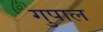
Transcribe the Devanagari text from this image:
गुपाल